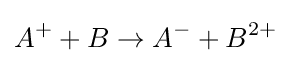
A^{+}+B\to A^{-}+B^{2+}